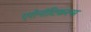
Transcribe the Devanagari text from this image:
एरोनॉटिकल्स